Leaving Certificate Examination, 1903
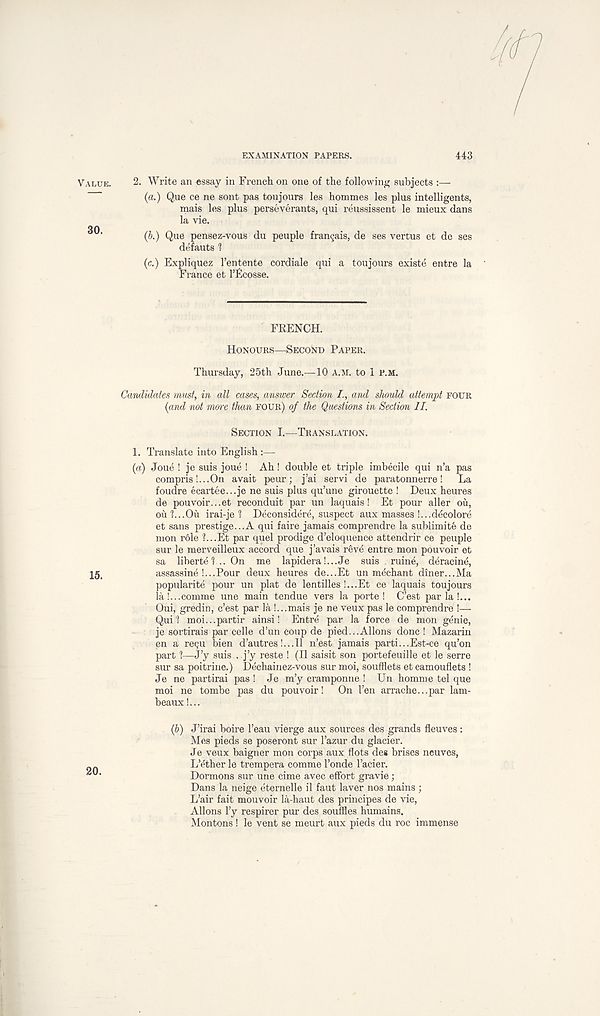
EXAMINATION PAPERS.
443
2. Write an essay in French on one of the following subjects :—
(a.) Q,ue ce ne sont pas toujours les hommes les plus intelligents,
mais les plus perseverants, qui reussissent le mieux dans
la vie.
(b.) Que pensez-vous du peuple frangais, de ses vertus et de ses
defauts 1
(c.) Expliquez 1’entente cordiale qui a toujours existe entre la
France et I’Ecosse.
FRENCH.
HONOURS—SECOND PAPER.
Thursday, 25th June.—10 A.M. to 1 P.M.
Candidates must, in all cases, answer Section I., and should attempt FOUR
{and not rru/re than FOUR) of the Questions in Section II.
SECTION I.—TRANSLATION.
1. Translate into English :—
{a) Joue ! je suis joue ! Ah ! double et triple imbecile qui n’a pas
compris !...On avait peurj j’ai servi de paratonnerre!
La
foudre ecartee...je ne suis plus qu’une girouette ! Deux heures
de pouvoir...et reconduit par un laquais! Et pour aller ou,
ou ?...Ou irai-je 1 Deconsidere, suspect aux masses !...decolore
et sans prestige...A qui faire jamais comprendre la sublimite de
mon role ?...Et par quel prodige d’eloquence attendrir ce peuple
sur le merveilleux accord que j’avais reve entre mon pouvoir et
sa liberte 1 .. On me lapidera!...Je suis ruine, deracine,
assassine !...Pour deux heures de...Et un mechant diner...Ma
popularity pour un plat de lentilles !...Et ce laquais toujours
la!...eomme une main tendue vers la porte! C’est par la !...
Oui, gredin, c’est par la !...mais je ne veux pas le comprendre !—
Qui 1 moi...partir ainsi! Entre par la force de mon genie,
je sortirais par celle d’un coup de pied...Aliens done ! Mazarin
en a retpi bien d’autres 1...11 n’est jamais parti...Est-ce qu’on
part l—J’y suis.. j’y reste ! (II saisit son portefeuille et le serre
sur sa poitrine.) Dechainez-vous sur moi, soufflets et camouflets !
Je ne partirai pas ! Je m’y cramponne ! Un homme tel que
moi ne tombe pas du pouvoir! On 1’en arrache...par lam-
beaux !...
(b) J’irai boire 1’eau vierge aux sources des grands fleuves :
Mes pieds se poseront sur 1’azur du glacier.
Je veux baigner mon corps aux flots des brises neuves,
L’ether le trempera comme 1’onde 1’acier.
Dormons sur une cime avec effort gravie;
Dans la neige eternelle il faut laver nos mains ;
L’air fait mouvoir la-haut des principes de vie,
Aliens l’y respirer pur des souffles humains.
Montons ! le vent se meurt aux pieds du roc immense